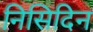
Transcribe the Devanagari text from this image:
निसिदिन